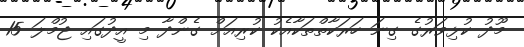
މޫދު ކުޅިވަރުގެ ގިނަ ހަރަކާތްތަކާއެކު ކުރިއަށް ގެންދާ މި އީދުގައި ޖުމްލަ 15